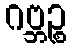
ဂဗ္ဘဉ္စ